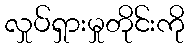
လှုပ်ရှားမှုတိုင်းကို